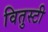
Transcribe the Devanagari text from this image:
वितुस्टी